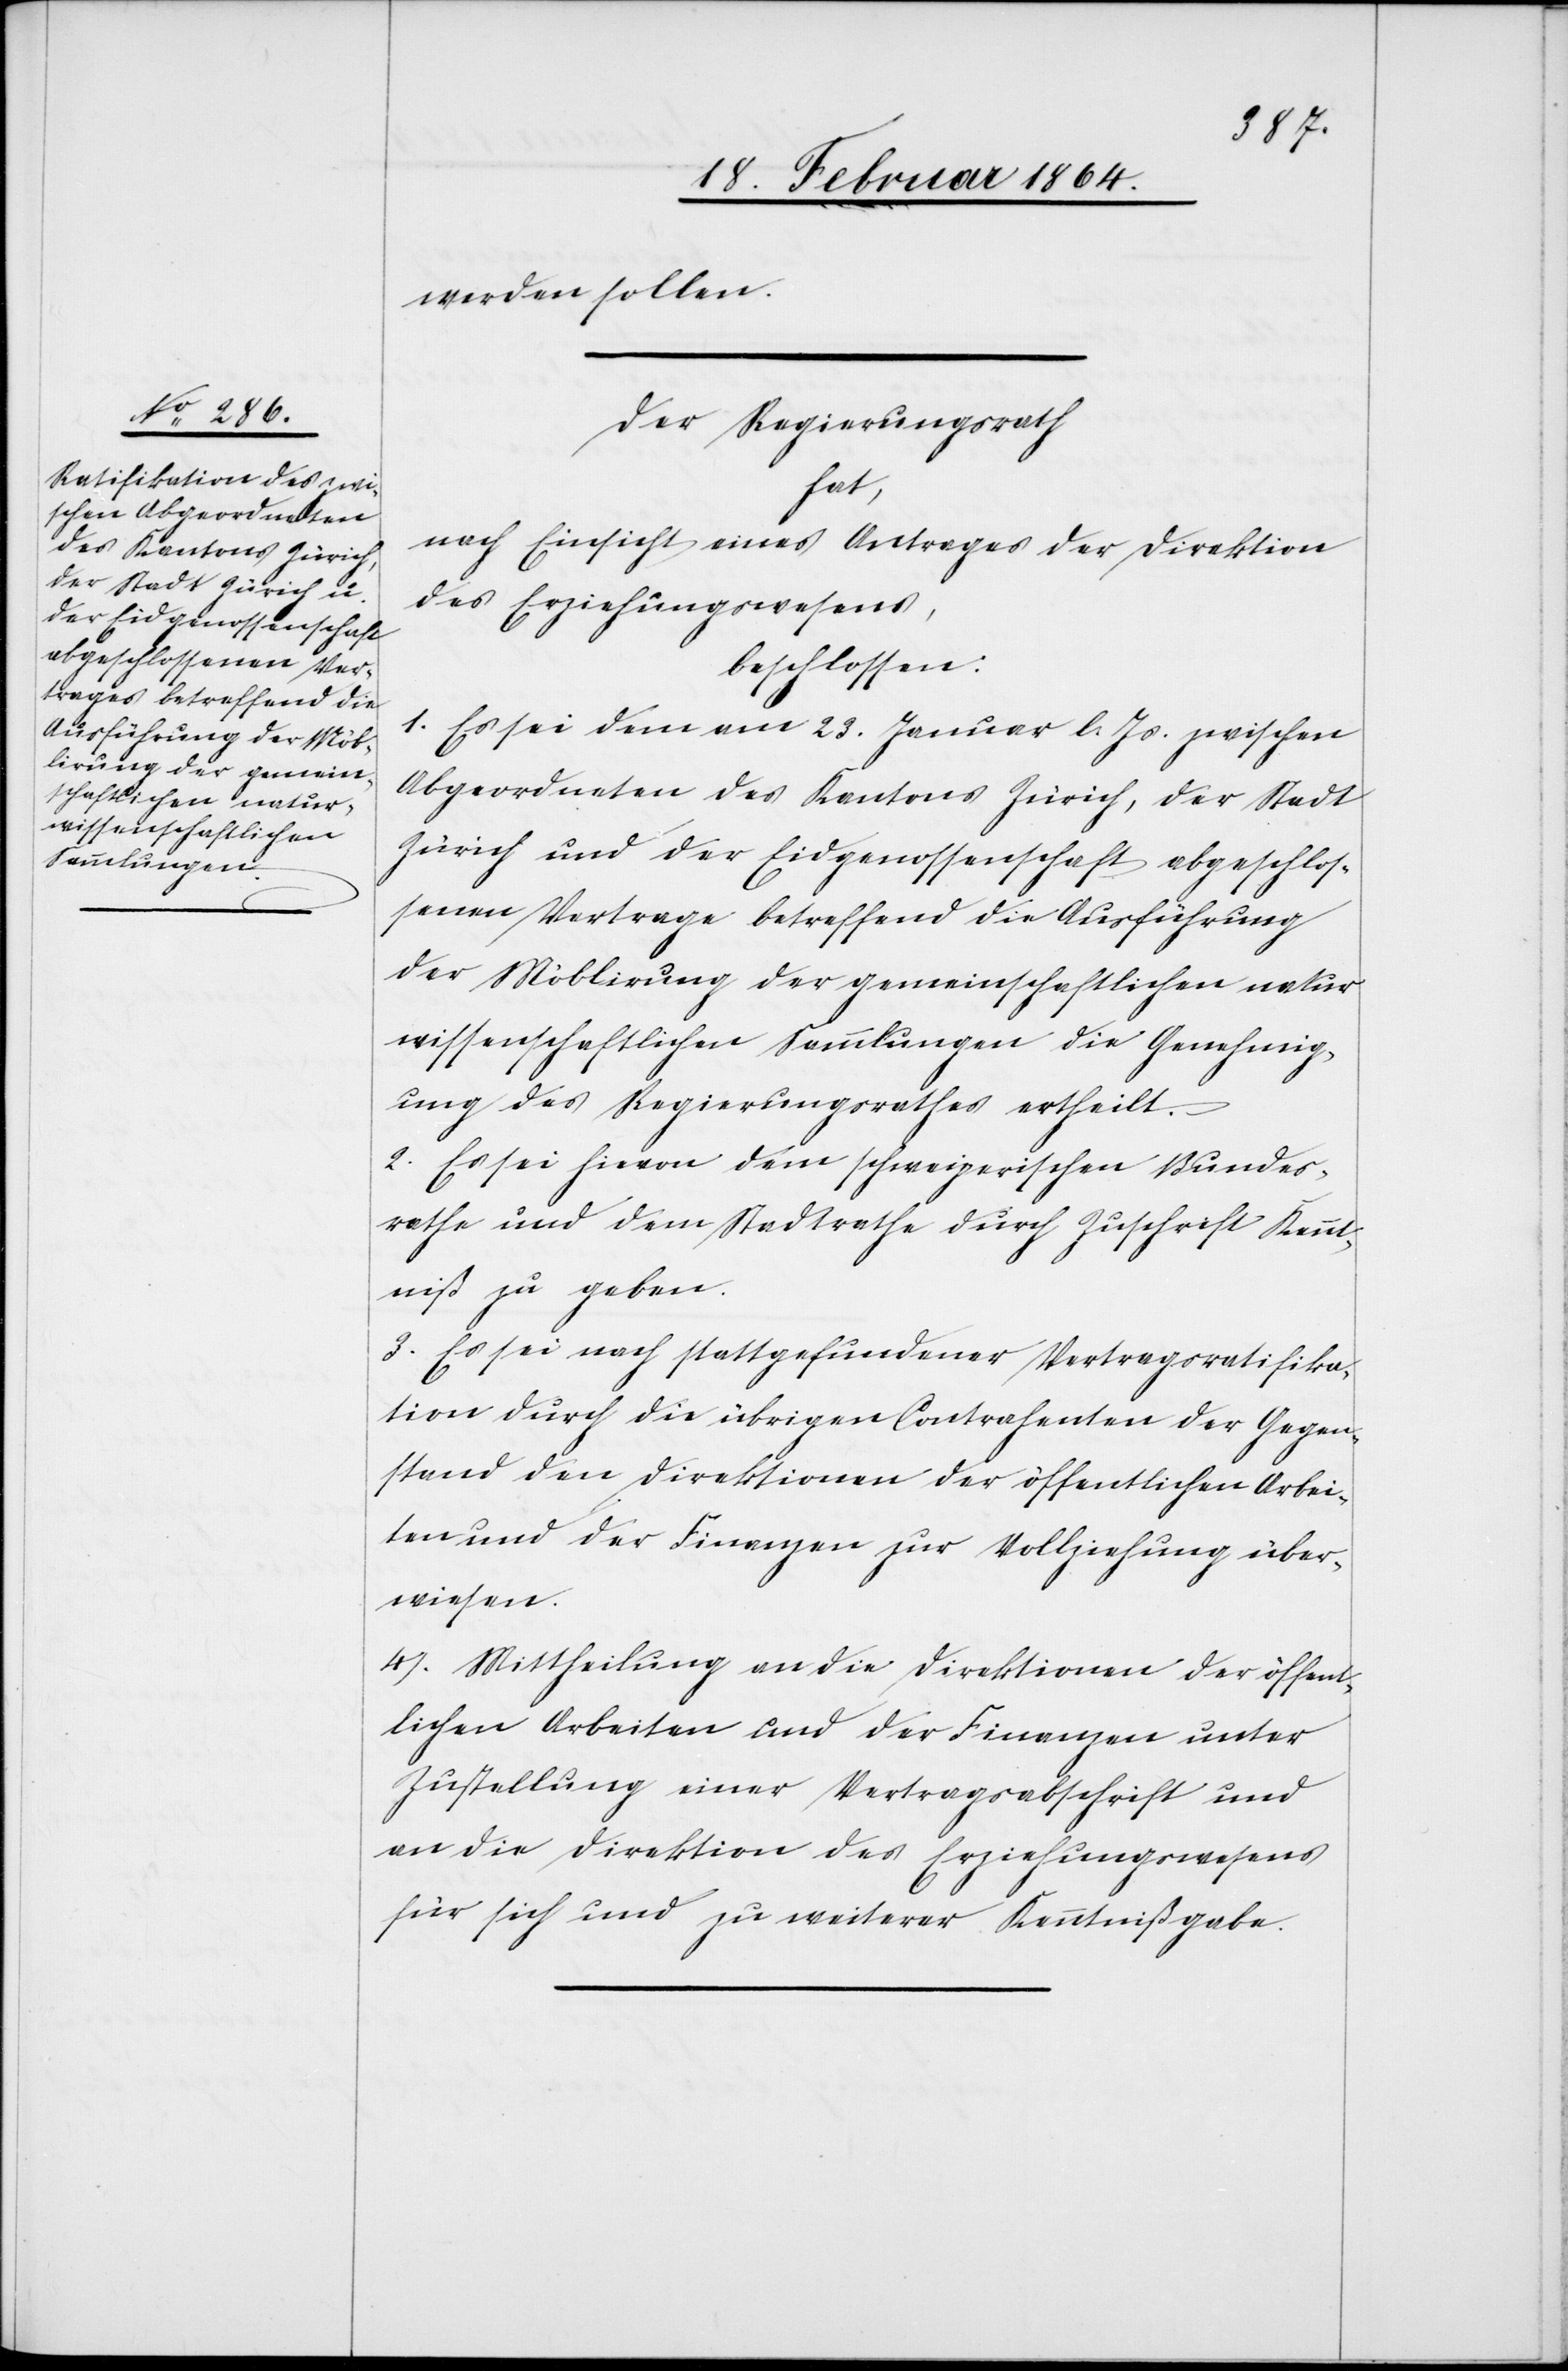
werden sollen.
Der Regierungsrath
hat,
nach Einsicht eines Antrages der Direktion
des Erziehungswesens,
beschlossen:
1. Es sei dem am 23. Januar l. Js. zwischen
Abgeordneten des Kantons Zürich, der Stadt
Zürich und der Eidgenossenschaft abgeschlos¬
senen Vertrage betreffend die Ausführung
der Möblirung der gemeinschaftlichen natur¬
wissenschaftlichen Sammlungen die Genehmig¬
ung des Regierungsrathes ertheilt.
2. Es sei hievon dem schweizerischen Bundes¬
rathe und dem Stadtrathe durch Zuschrift Kennt¬
niß zu geben.
3. Es sei nach stattgefundener Vertragsratifika¬
tion durch die übrigen Contrahenten der Gegen¬
stand den Direktionen der öffentlichen Arbei¬
ten und der Finanzen zur Vollziehung über¬
wiesen.
4. Mittheilung an die Direktionen der öffent¬
lichen Arbeiten und der Finanzen unter
Zustellung einer Vertragsabschrift und
an die Direktion des Erziehungswesens
für sich und zu weiterer Kenntnißgabe.